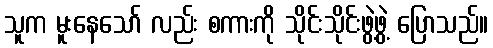
သူက မူးနေသော် လည်း စကားကို သိုင်းသိုင်းဖွဲ့ဖွဲ့ ပြောသည်။